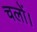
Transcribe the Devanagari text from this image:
चलों।